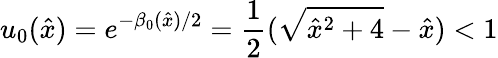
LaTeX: u_{0}({\hat{x}})=e^{-\beta_{0}({\hat{x}})/2}=\frac{1}{2}(\sqrt{{\hat{x}}^{2}+4}-{\hat{x}})<1